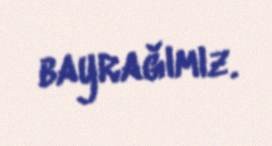
bayrağımız.